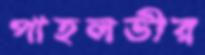
পাহলভীর